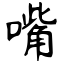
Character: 嘴